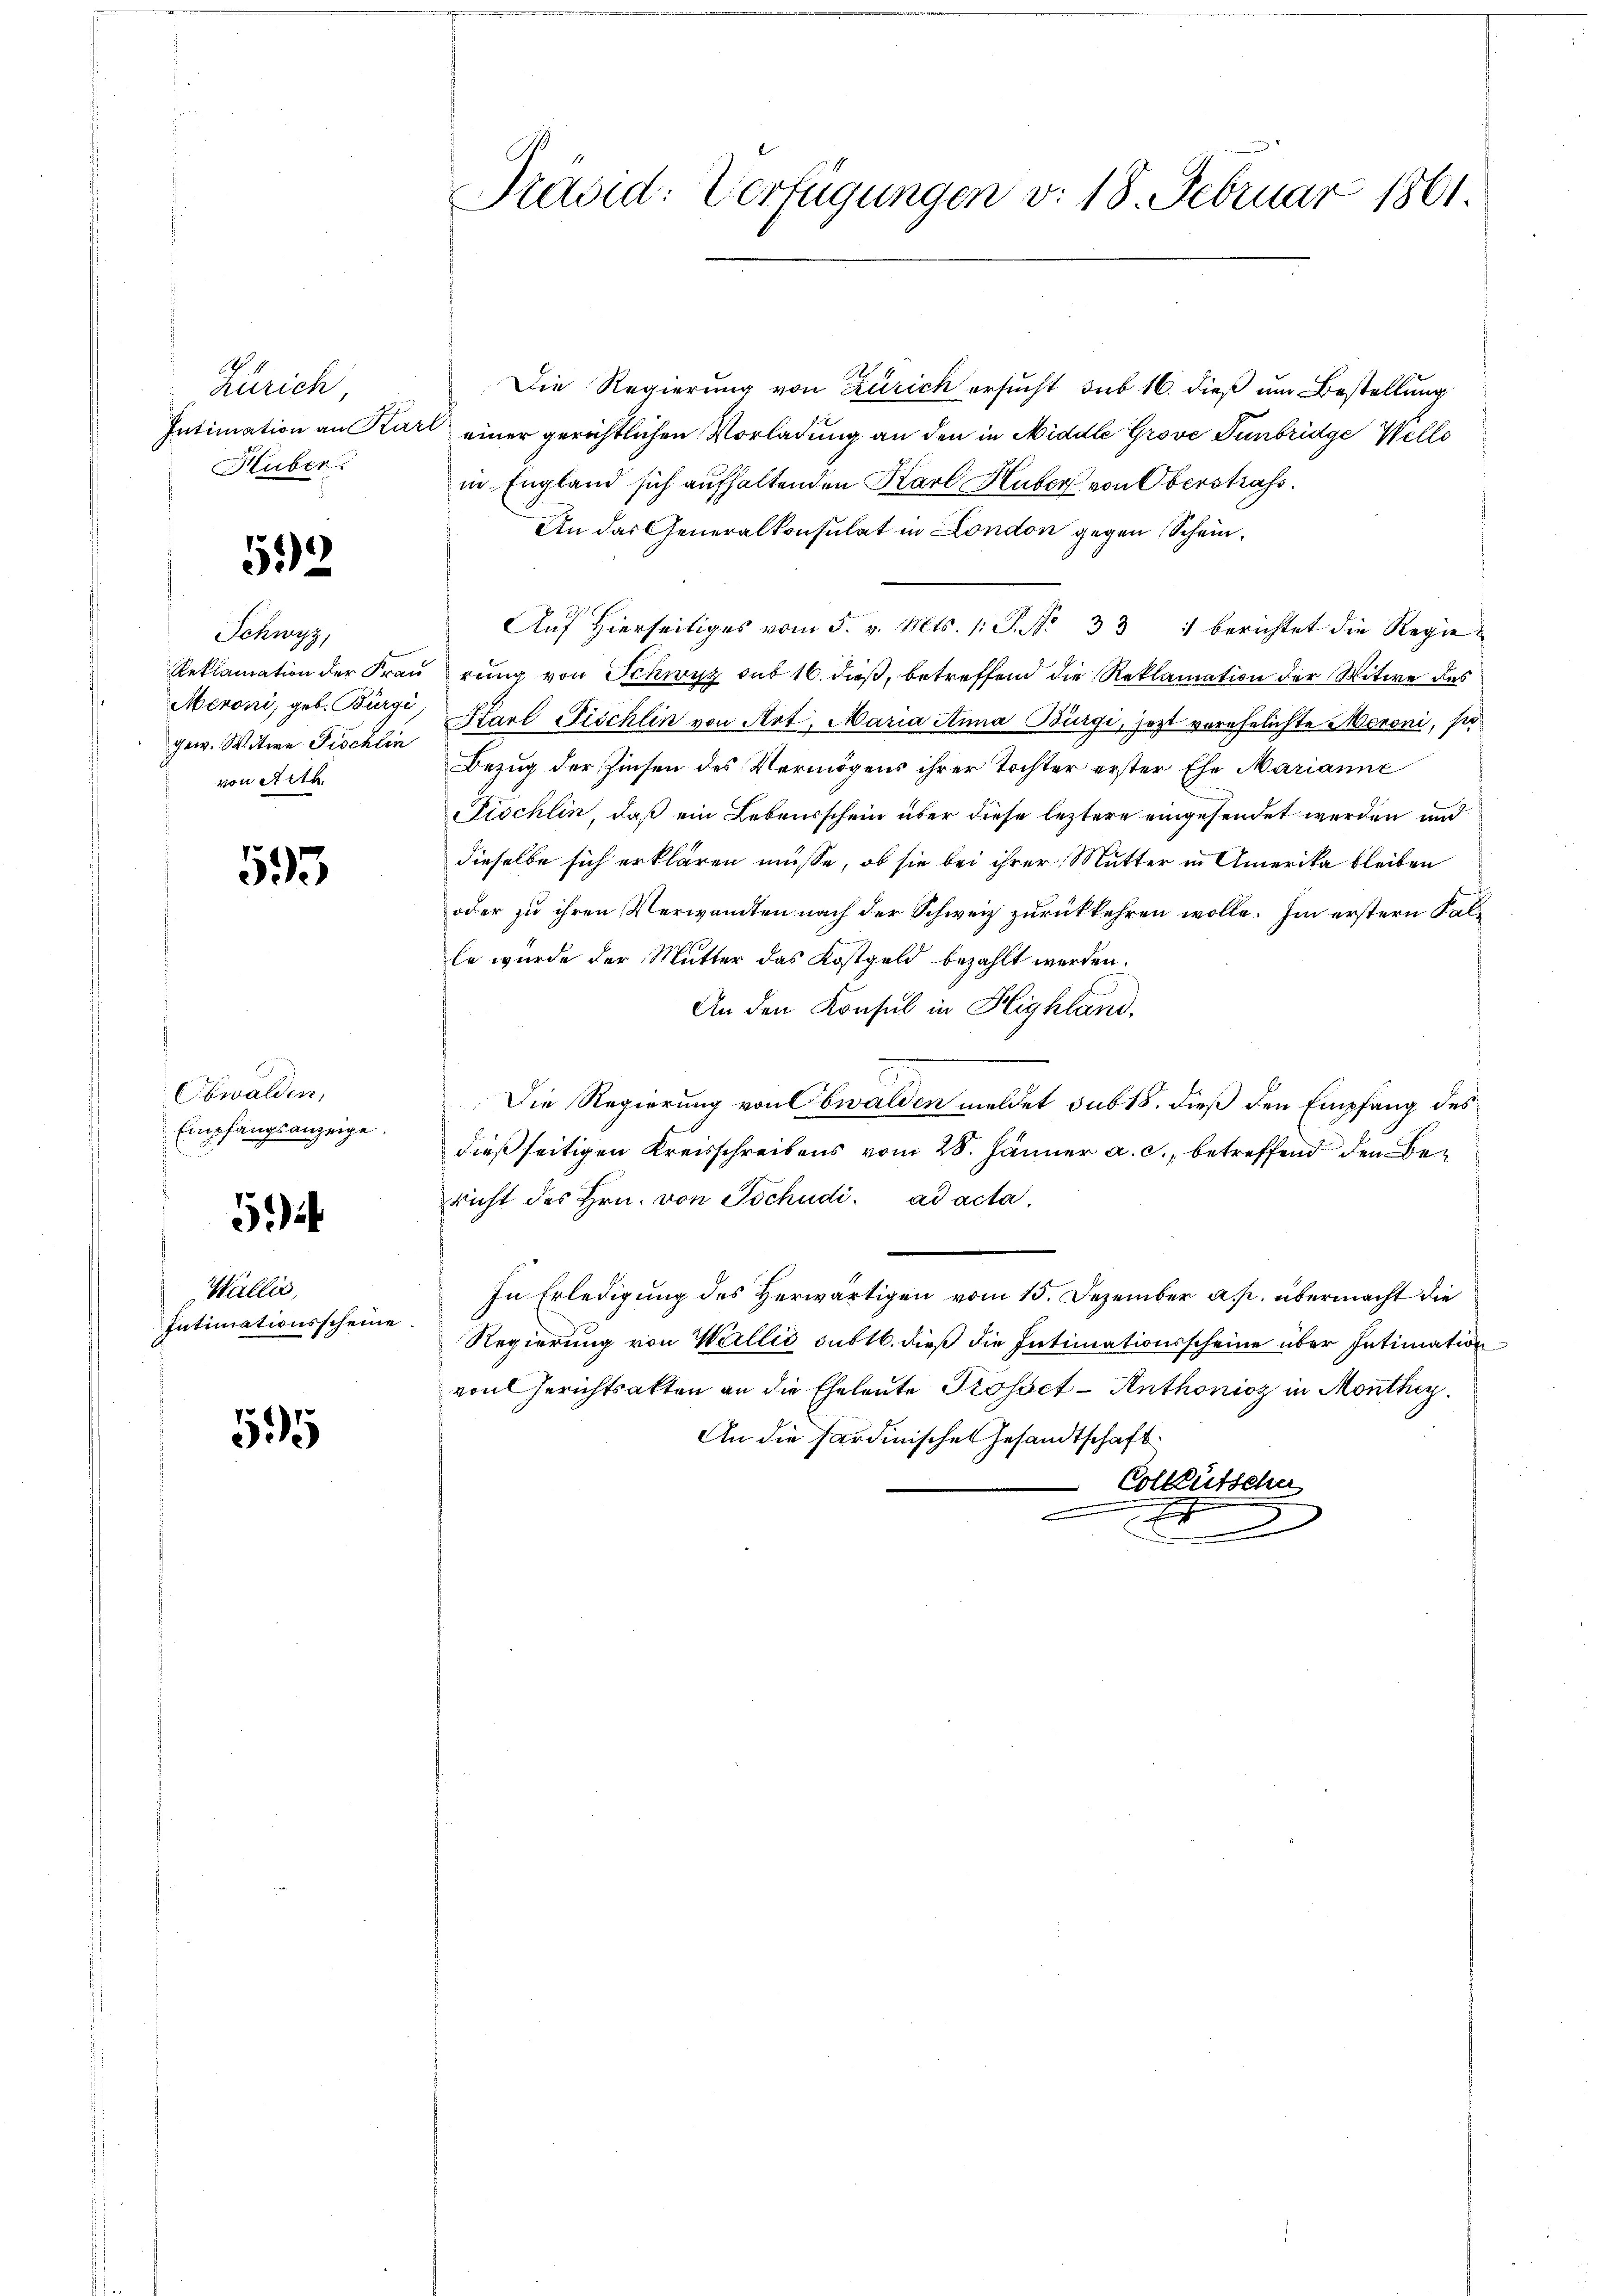
Zürich,
Intimation an Ka
Huber.

592

Schwyz,
gew. Witwe Fischlin
von Art.

593

Obwalden,
Empfangsanzeige.

5

Wallis,
Intimationsscheine

595

Präsid: Verfügungen v. 18. Februar 1861.

Die Regierung von Zürich ersucht sub 16. dieß um Bestellung
u einer gerichtlichen Vorladung an den in Middle Grove Funbridge Welle
in England sich aufhaltenden Karl Huber von Oberstrafs
An das Generalkonsulat in London gegen Schein¬
Auf hierseitiges vom 5. v. Mts. (: P. Nr. 331 berichtet die Regie¬
Reklamation der Fraŭ rŭng von Schwyz sub 16. dieß, betreffend die Reklamation der Witwe des
Meroni, geb. Bürgi, Karl Fischlin von Art, Maria Anna Bürgi, jezt verehelichte Meroni, sie
Bezug der Zinsen des Vermögens ihrer Tochter erster Ehe Marianne
Fischlin, daß ein Lebensschein über diese leztere eingesendet werden und
dieselbe sich erklären müsse, ob sie bei ihrer Mutter in Amerika bleiben
oder zu ihren Verwandten nach der Schweiz zurückkehren wolle. Im erstern Falle wurde der Mutter das Kostgeld bezahlt werden.
An den Konsul in Highland.
Die Regierung von Obwalden meldet sub 18. dieß den Empfang des
dießseitigen Kreisschreibens vom 28. Jänner a. c., betreffend den Bericht des Hrn. von Tschudi ad acta,
In Erledigung des Herwärtigen vom 15. Dezember a. p. übermacht die
Regierung von Wallis subtb. dieß die Intimationsscheine über Intimation
von Gerichtsakten an die Eheleute Trosset - Anthonioz in Monthey
An die Sardinischen Gesandtschaft
Collentsche
x